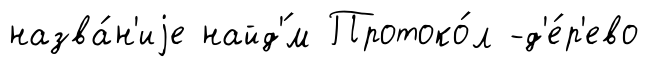
назва́н'иjе найд'́м Протоко́л -д'е́р'ево